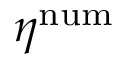
\eta ^ { \mathrm { n u m } }